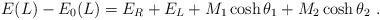
LaTeX: \begin{align*}E(L)-E_{0}(L)=E_{R}+E_{L}+M_{1}\cosh \theta _{1}+M_{2}\cosh \theta_{2}\ .\end{align*}